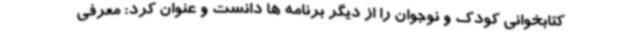
کتابخوانی کودک و نوجوان را از دیگر برنامه ها دانست و عنوان کرد: معرفی